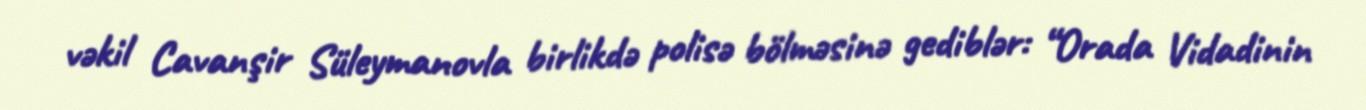
vəkil Cavanşir Süleymanovla birlikdə polisə bölməsinə gediblər: “Orada Vidadinin